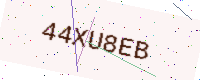
Text: 44XU8EB